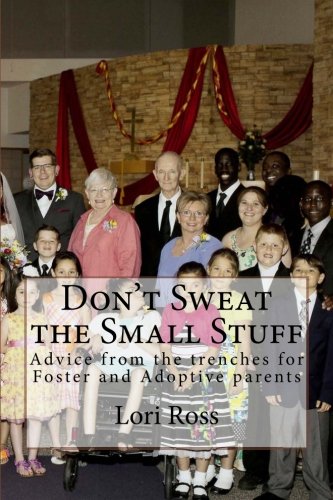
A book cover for Don't Sweat the Small Stuff: Advice from the trenches for foster and adoptive parents; Lori A. Ross; Parenting & Relationships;